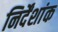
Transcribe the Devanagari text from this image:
निर्देंशांक